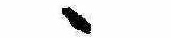
ゝ